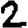
Digit: 2